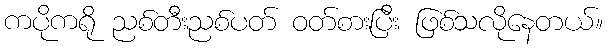
ကပိုကရို ညစ်တီးညစ်ပတ် ဝတ်စားပြီး ဖြစ်သလိုနေတယ်။